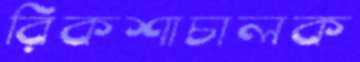
রিকশাচালক